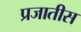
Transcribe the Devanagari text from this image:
प्रजातीस